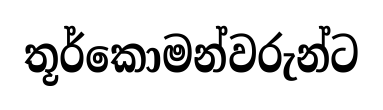
තූර්කොමන්වරුන්ට